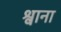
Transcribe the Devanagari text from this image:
श्वाना